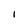
Character: 1